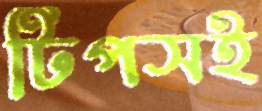
টিপসই